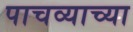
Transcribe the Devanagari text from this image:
पाचव्याच्या